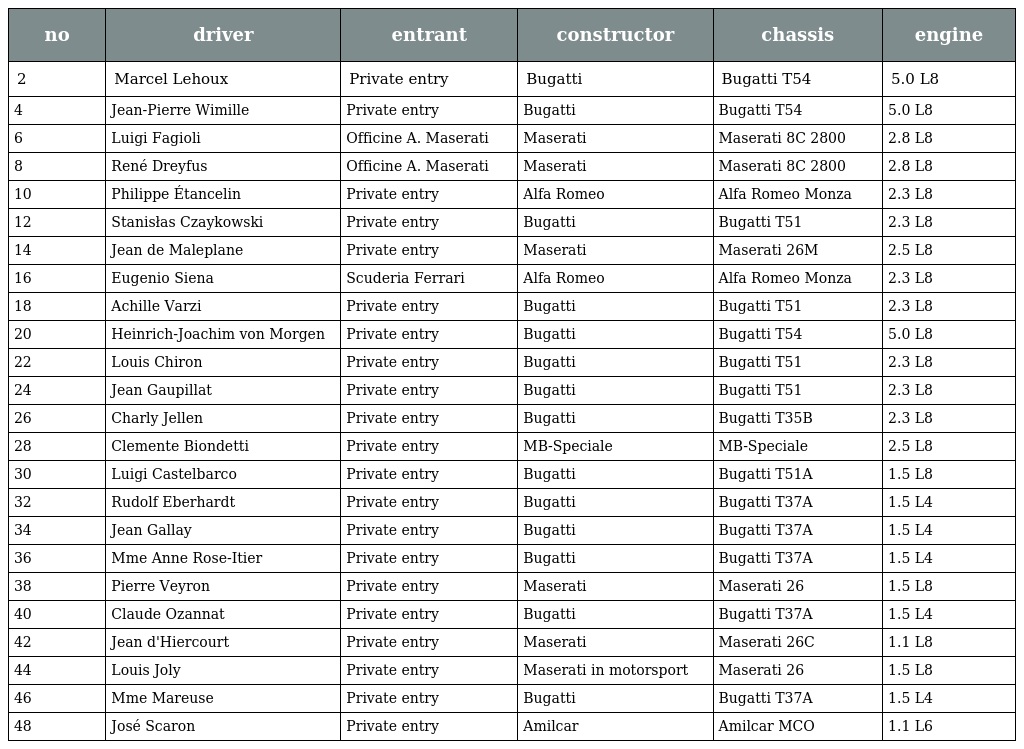
| no | driver | entrant | constructor | chassis | engine |
 | --- | --- | --- | --- | --- | --- |
 | 2 | Marcel Lehoux | Private entry | Bugatti | Bugatti T54 | 5.0 L8 |
 | 4 | Jean-Pierre Wimille | Private entry | Bugatti | Bugatti T54 | 5.0 L8 |
 | 6 | Luigi Fagioli | Officine A. Maserati | Maserati | Maserati 8C 2800 | 2.8 L8 |
 | 8 | René Dreyfus | Officine A. Maserati | Maserati | Maserati 8C 2800 | 2.8 L8 |
 | 10 | Philippe Étancelin | Private entry | Alfa Romeo | Alfa Romeo Monza | 2.3 L8 |
 | 12 | Stanisłas Czaykowski | Private entry | Bugatti | Bugatti T51 | 2.3 L8 |
 | 14 | Jean de Maleplane | Private entry | Maserati | Maserati 26M | 2.5 L8 |
 | 16 | Eugenio Siena | Scuderia Ferrari | Alfa Romeo | Alfa Romeo Monza | 2.3 L8 |
 | 18 | Achille Varzi | Private entry | Bugatti | Bugatti T51 | 2.3 L8 |
 | 20 | Heinrich-Joachim von Morgen | Private entry | Bugatti | Bugatti T54 | 5.0 L8 |
 | 22 | Louis Chiron | Private entry | Bugatti | Bugatti T51 | 2.3 L8 |
 | 24 | Jean Gaupillat | Private entry | Bugatti | Bugatti T51 | 2.3 L8 |
 | 26 | Charly Jellen | Private entry | Bugatti | Bugatti T35B | 2.3 L8 |
 | 28 | Clemente Biondetti | Private entry | MB-Speciale | MB-Speciale | 2.5 L8 |
 | 30 | Luigi Castelbarco | Private entry | Bugatti | Bugatti T51A | 1.5 L8 |
 | 32 | Rudolf Eberhardt | Private entry | Bugatti | Bugatti T37A | 1.5 L4 |
 | 34 | Jean Gallay | Private entry | Bugatti | Bugatti T37A | 1.5 L4 |
 | 36 | Mme Anne Rose-Itier | Private entry | Bugatti | Bugatti T37A | 1.5 L4 |
 | 38 | Pierre Veyron | Private entry | Maserati | Maserati 26 | 1.5 L8 |
 | 40 | Claude Ozannat | Private entry | Bugatti | Bugatti T37A | 1.5 L4 |
 | 42 | Jean d'Hiercourt | Private entry | Maserati | Maserati 26C | 1.1 L8 |
 | 44 | Louis Joly | Private entry | Maserati in motorsport | Maserati 26 | 1.5 L8 |
 | 46 | Mme Mareuse | Private entry | Bugatti | Bugatti T37A | 1.5 L4 |
 | 48 | José Scaron | Private entry | Amilcar | Amilcar MCO | 1.1 L6 |